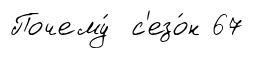
Почему́ с'езо́н 67